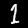
Label: 1